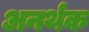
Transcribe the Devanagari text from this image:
अनर्थक